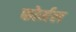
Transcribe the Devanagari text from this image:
फोर्मल